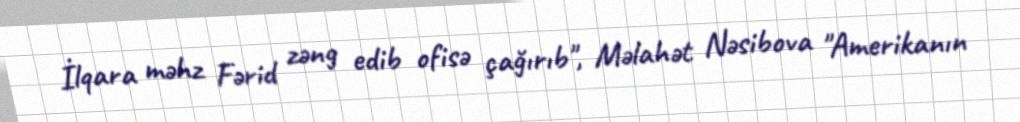
İlqara məhz Fərid zəng edib ofisə çağırıb", Məlahət Nəsibova "Amerikanın